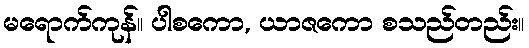
မရောက်ကုန်။ ပါစကော, ယာဇကော စသည်တည်း။